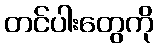
တင်ပါးတွေကို